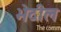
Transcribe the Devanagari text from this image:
भेदील